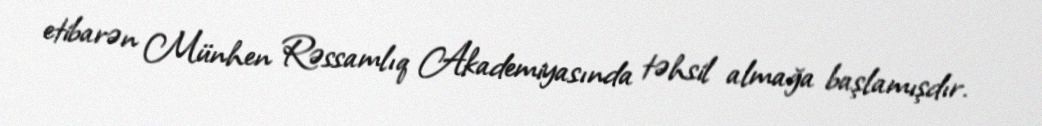
etibarən Münhen Rəssamlıq Akademiyasında təhsil almağa başlamışdır.